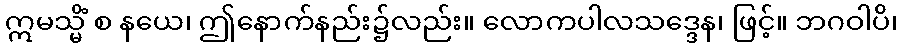
ဣမသ္မိံ စ နယေ၊ ဤနောက်နည်း၌လည်း။ လောကပါလသဒ္ဒေန၊ ဖြင့်။ ဘဂဝါပိ၊